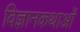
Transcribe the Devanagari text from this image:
विज्ञानकथाओं